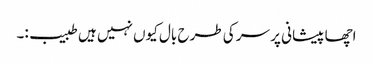
اچھا پیشانی پر سر کی طرح بال کیوں نہیں ہیں طبیب:۔